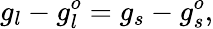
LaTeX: g_{l}-g_{l}^{o}=g_{s}-g_{s}^{o},